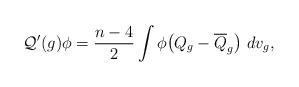
LaTeX: \begin{align*} \mathcal{Q}'(g)\phi = \frac{n-4}{2} \int \phi \big( Q_g - \overline{Q}_g \big)\ dv_g,\end{align*}